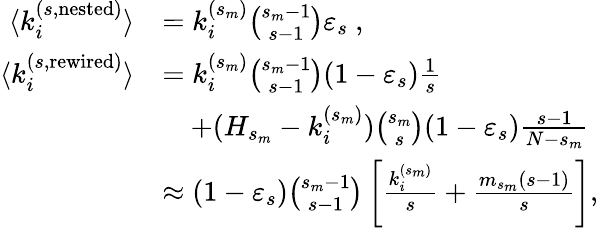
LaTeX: \begin{array}{rl}{\langle k_{i}^{(s,\mathrm{nested})}\rangle}&{=k_{i}^{(s_{m})}{\binom{s_{m}-1}{s-1}}\varepsilon_{s}~,}\\ {\langle k_{i}^{(s,\mathrm{rewired})}\rangle}&{=k_{i}^{(s_{m})}{\binom{s_{m}-1}{s-1}}(1-\varepsilon_{s})\frac{1}{s}}\\ &{\quad+(H_{s_{m}}-k_{i}^{(s_{m})}){\binom{s_{m}}{s}}(1-\varepsilon_{s})\frac{s-1}{N-s_{m}}}\\ &{\approx(1-\varepsilon_{s}){\binom{s_{m}-1}{s-1}}\left[\frac{k_{i}^{(s_{m})}}{s}+\frac{m_{s_{m}}(s-1)}{s}\right],}\end{array}